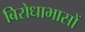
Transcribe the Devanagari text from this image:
बिरोधाभासों